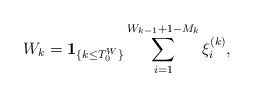
\begin{align*} W_k=\mathbf{1}_{\{k\leq T_0^{W}\}} \sum_{i=1}^{W_{k-1}+1-M_k}\xi_{i}^{(k)}, \end{align*}